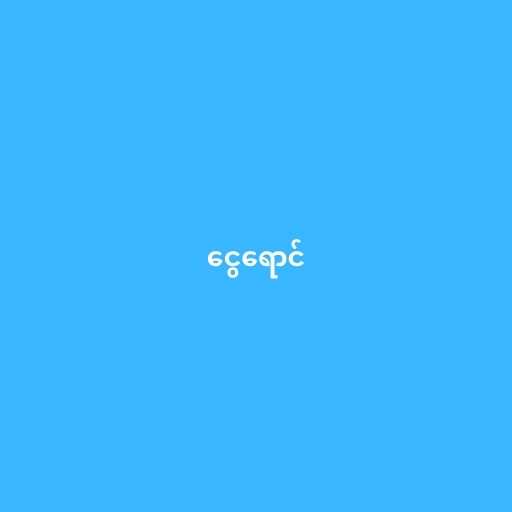
ငွေရောင်